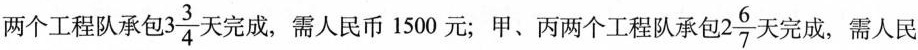
两个工程队承包3\frac{3}{4}天完成，需人民币1500元；甲、丙两个工程队承包2\frac{6}{7}天完成，需人民